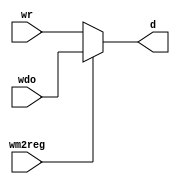
`timescale 1ns / 1ps
//////////////////////////////////////////////////////////////////////////////////
// Company: 
// Engineer: 
// 
// Design Name: 
// Module Name: Multi
// Project Name: 
// Target Devices: 
// Tool Versions: 
// Description: 
// 
// Dependencies: 
// 
// Revision:
// Revision 0.01 - File Created
// Additional Comments:
// 
//////////////////////////////////////////////////////////////////////////////////


module Multi(wm2reg,wr,wdo,d);
    input wm2reg;
    input [31:0] wr;
    input [31:0] wdo;
    output reg [31:0] d;
    always @(*) begin
    if(wm2reg == 0)
    d <= wr;
    else
    d <= wdo;
    end
endmodule